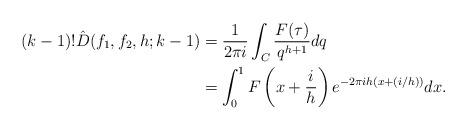
LaTeX: \begin{align*}(k-1)! \hat{D}(f_1, f_2, h; k-1) &= \frac{1}{2 \pi i} \int_C \frac{F(\tau) }{q^{h+1}} d q \\&= \int_0^1 F\left(x + \frac{i}{h}\right) e^{- 2 \pi i h (x + (i/h))} d x. \end{align*}